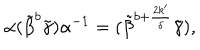
LaTeX: \alpha ( \tilde { \beta } ^ { b } \tilde { \gamma } ) \alpha ^ { - 1 } = ( \tilde { \beta } ^ { b + \frac { 2 k ^ { \prime } } { \delta } } \tilde { \gamma } ) ,